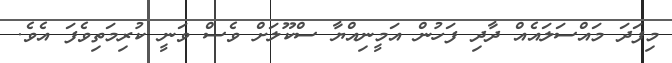
މިފަދަ މައްސަލައެއް ދާދި ފަހުން އަމީނިއްޔާ ސްކޫލަށް ވެސް ވަނީ ކުރިމަތިވެފަ އެވެ.